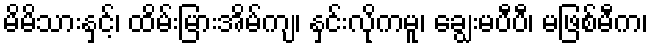
မိမိသားနှင့်၊ ထိမ်းမြားအိမ်ကျ၊ နှင်းလိုကမူ၊ ချွေးမပီပီ၊ မဖြစ်မီက၊